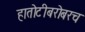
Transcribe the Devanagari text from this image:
हातोटीबरोबरच